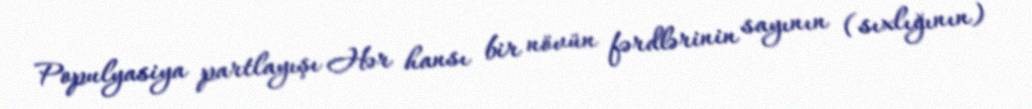
Populyasiya partlayışı Hər hansı bir növün fərdlərinin sayının (sıxlığının)